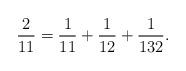
LaTeX: \begin{align*}\frac{2}{11} = \frac{1}{11} + \frac{1}{12} + \frac{1}{132}.\end{align*}